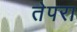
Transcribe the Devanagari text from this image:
तेपरा